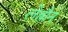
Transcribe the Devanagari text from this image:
लेह्मैन